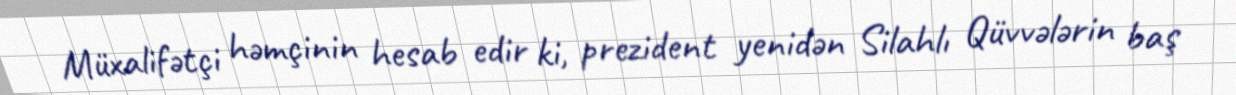
Müxalifətçi həmçinin hesab edir ki, prezident yenidən Silahlı Qüvvələrin baş